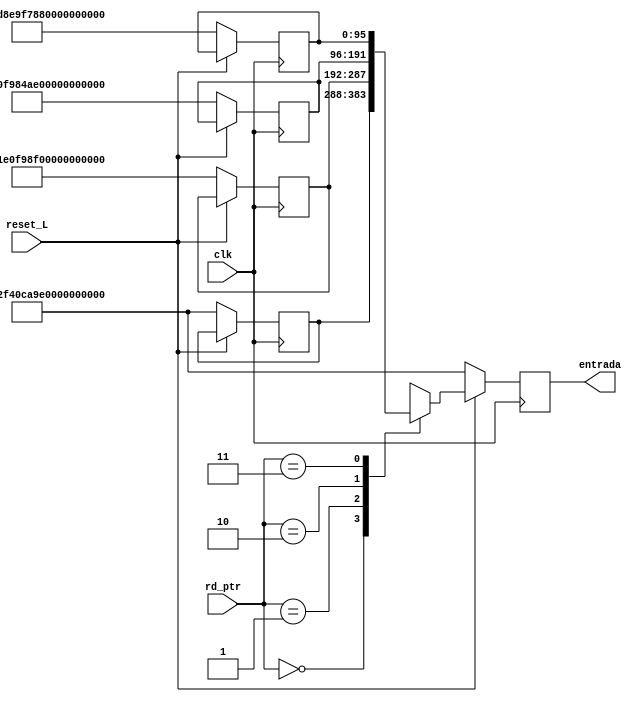
`timescale 1ns / 1ps

module RAM_memory #(
    //Parametros
    parameter INDEX_PTR = 2, // 2 bits para los punteros
    parameter QUEUE_SIZE = 2**INDEX_PTR,//4,        //Cantiad de filas de cada fifo = 4   
    parameter DATA_SIZE = 96 //8             //cantidad de bits de los registros de cada fifo = 128 
)(
    //Entradas
    input                             clk, 
    input                             reset_L,
    input [1:0] rd_ptr,
    output reg  [95:0] entrada
);
    
    //memoria a la cual se le accesa con una direccion
    reg [DATA_SIZE-1:0] ram_mem [QUEUE_SIZE-1:0]; // 128 bits cada registro, 4 registros
        //    [7:0]                      [9:0]
    always@(posedge clk) begin
        if ( reset_L == 0 )begin
            entrada <= 'h397d9f2f40ca9e6c6b1f3324;
            ram_mem[0] <= 'h397d9f2f40ca9e6c6b1f3324;
            ram_mem[1] <= 'hba23491e0f98ed0e2e3128e1;
            ram_mem[2] <= 'hed18be0f984ae0e2e3128efe;
            ram_mem[3] <= 'h8a7b78d8e9f789f3d89ec7c7;
        end
        else begin
            entrada <= ram_mem[rd_ptr];
        
            
            
        end
         
    end

endmodule
// 	//bloque_in [127:0] = 128'h397d9f2f40ca9e6c6b1f3324fded873c;
// 	//bloque_in [127:0] = 128'hed18be0f984ae0e2e3128efe0fa23491;
// 	bloque_in [127:0] = 128'h8855c7ac8b73f8f29701eff1ba0f98b3;